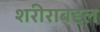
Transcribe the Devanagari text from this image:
शरीराबद्दल